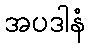
အပဒါနံ